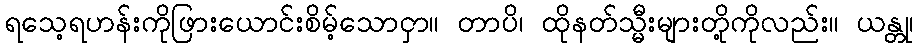
ရသေ့ရဟန်းကိုဖြားယောင်းစိမ့်သောငှာ။ တာပိ၊ ထိုနတ်သ္မီးများတို့ကိုလည်း။ ယန္တု၊